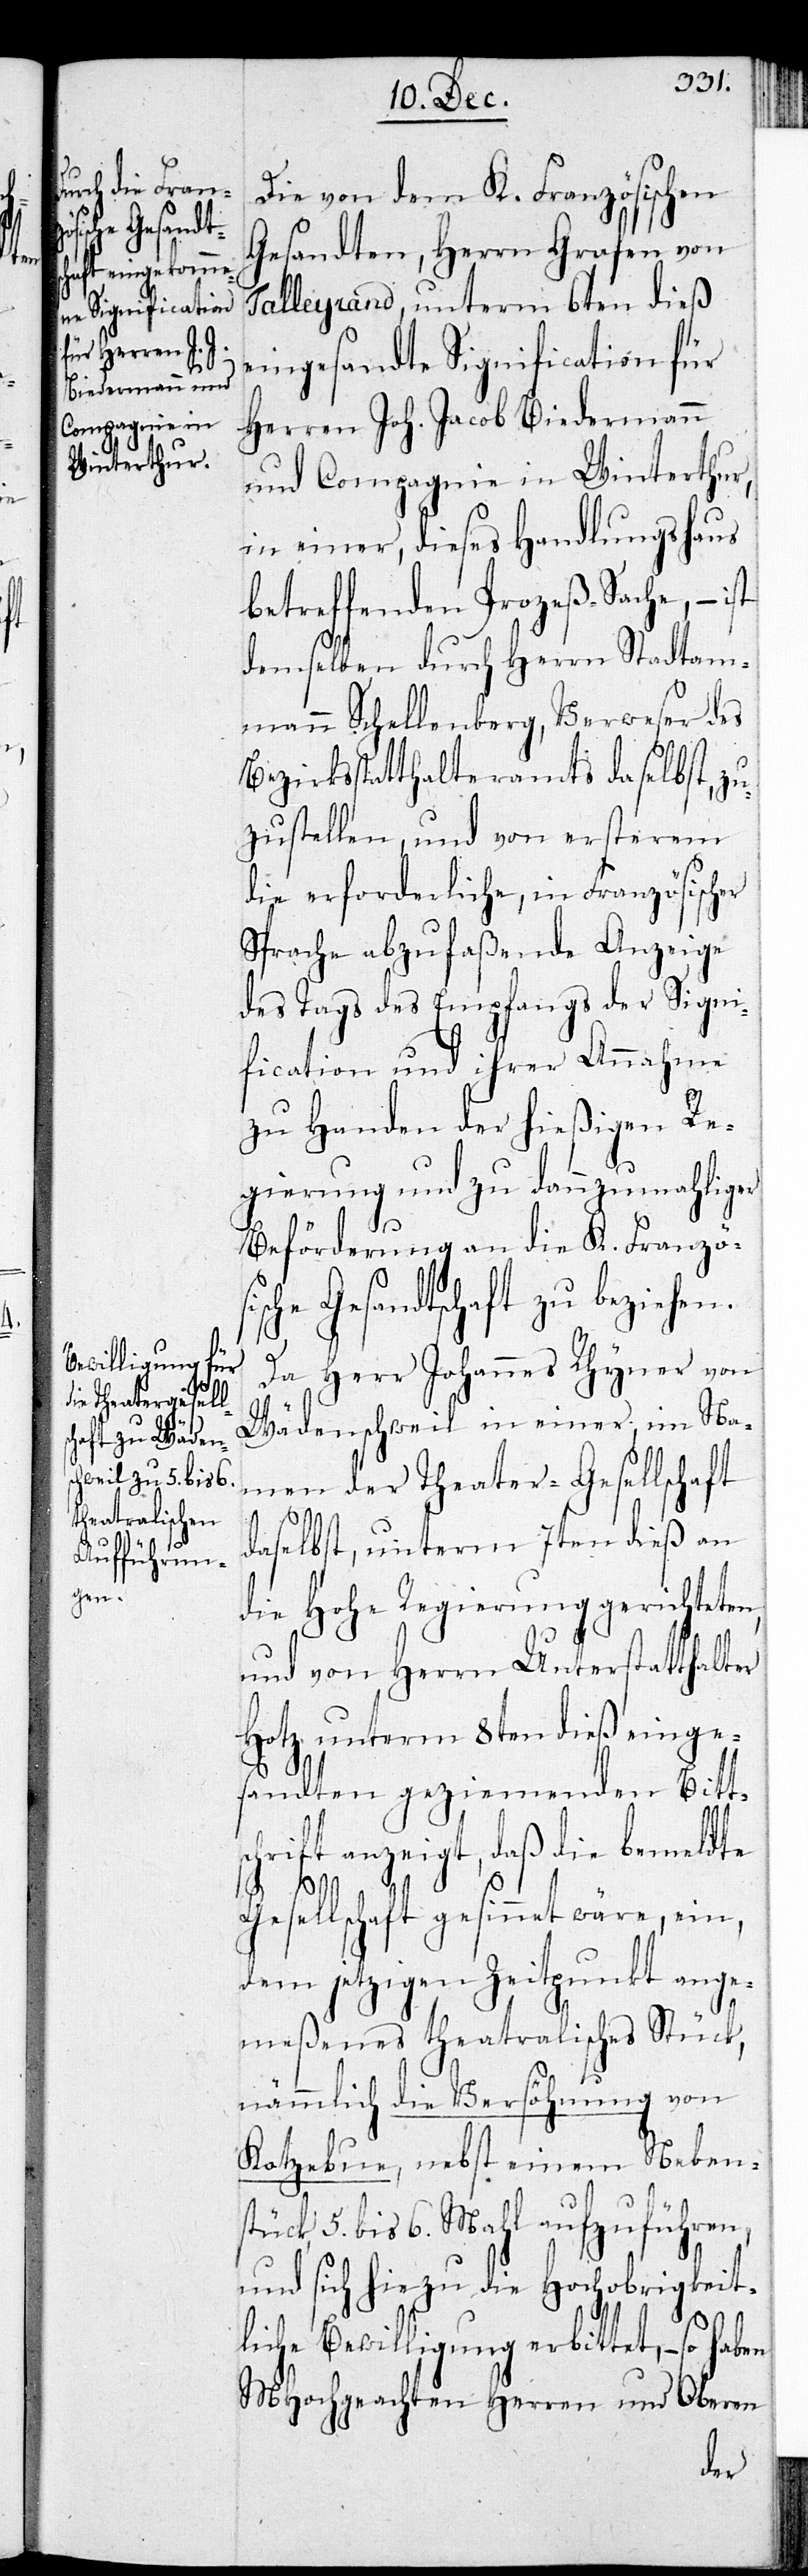
Ges¬
ische Gesandt¬
schaft zu bezie¬
hen.

Die von dem K. Französischen
Gesandten, Herrn Grafen von
Talleyrand, unterm 6ten dieß
eingesandte Signification für
Herren Joh. Jacob Biedermann
und Compagnie in Winterthur,
in einer, dieses Handlungshaus
betreffenden Prozeß-Sache, – ist
demselben durch Herrn Stadtam¬
mann Schellenberg, Verweser des
Bezirksstatthalteramts daselbst, zu¬
zustellen, und von ersterem
die erforderliche, in Französischer
Sprache abzufaßende Anzeige
des Tags des Empfangs der Signi¬
fication und ihrer Annahme
zu Handen der hießigen Re¬
gierung und zu dannzumahliger
Beförderung an die K. Französ¬
Da Herr Johannes Rhyner von
Wädenschweil in einer im Na¬
men der Theater-Gesellschaft
daselbst, unterm 7ten dieß an
die Hohe Regierung gerichteten,
und von Herrn Unterstatthalter
Hotz unterm 8ten dieß einge¬
sandten geziemenden Bitts¬
chrift anzeigt, daß die bemeldte
ellschaft gesinnt wäre, ein,
dem jetzigen Zeitpunkt ange¬
meßenes theatralisches Stück,
nämlich die Versöhnung von
Kotzebue, nebst einem Nebens¬
tück, 5. bis 6. Mahl aufzuführen,
und sich hiezu die Hochobrigkeit¬
liche Bewilligung erbittet, – so
MHochgeachten Herren und Oberen